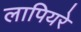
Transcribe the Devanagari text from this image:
लापियरे